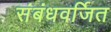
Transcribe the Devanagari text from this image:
संबंधवर्जित